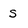
Character: s